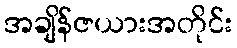
အချိန်ဇယားအတိုင်း